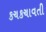
કચકચાવતી